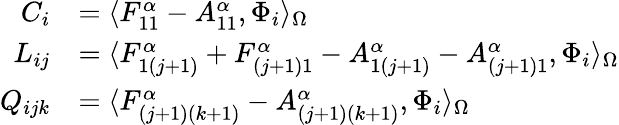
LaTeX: \begin{array}{rl}{C_{i}}&{=\langle F_{11}^{\alpha}-A_{11}^{\alpha},\Phi_{i}\rangle_{\Omega}}\\ {L_{ij}}&{=\langle F_{1(j+1)}^{\alpha}+F_{(j+1)1}^{\alpha}-A_{1(j+1)}^{\alpha}-A_{(j+1)1}^{\alpha},\Phi_{i}\rangle_{\Omega}}\\ {Q_{ijk}}&{=\langle F_{(j+1)(k+1)}^{\alpha}-A_{(j+1)(k+1)}^{\alpha},\Phi_{i}\rangle_{\Omega}}\end{array}